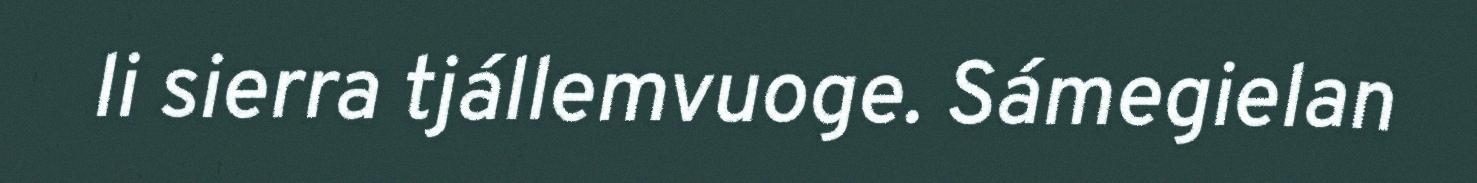
li sierra tjállemvuoge. Sámegielan